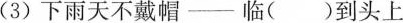
(3)下雨天不戴帽—临()到头上